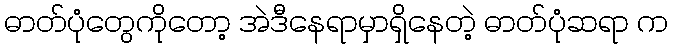
ဓာတ်ပုံတွေကိုတော့ အဲဒီနေရာမှာရှိနေတဲ့ ဓာတ်ပုံဆရာ က